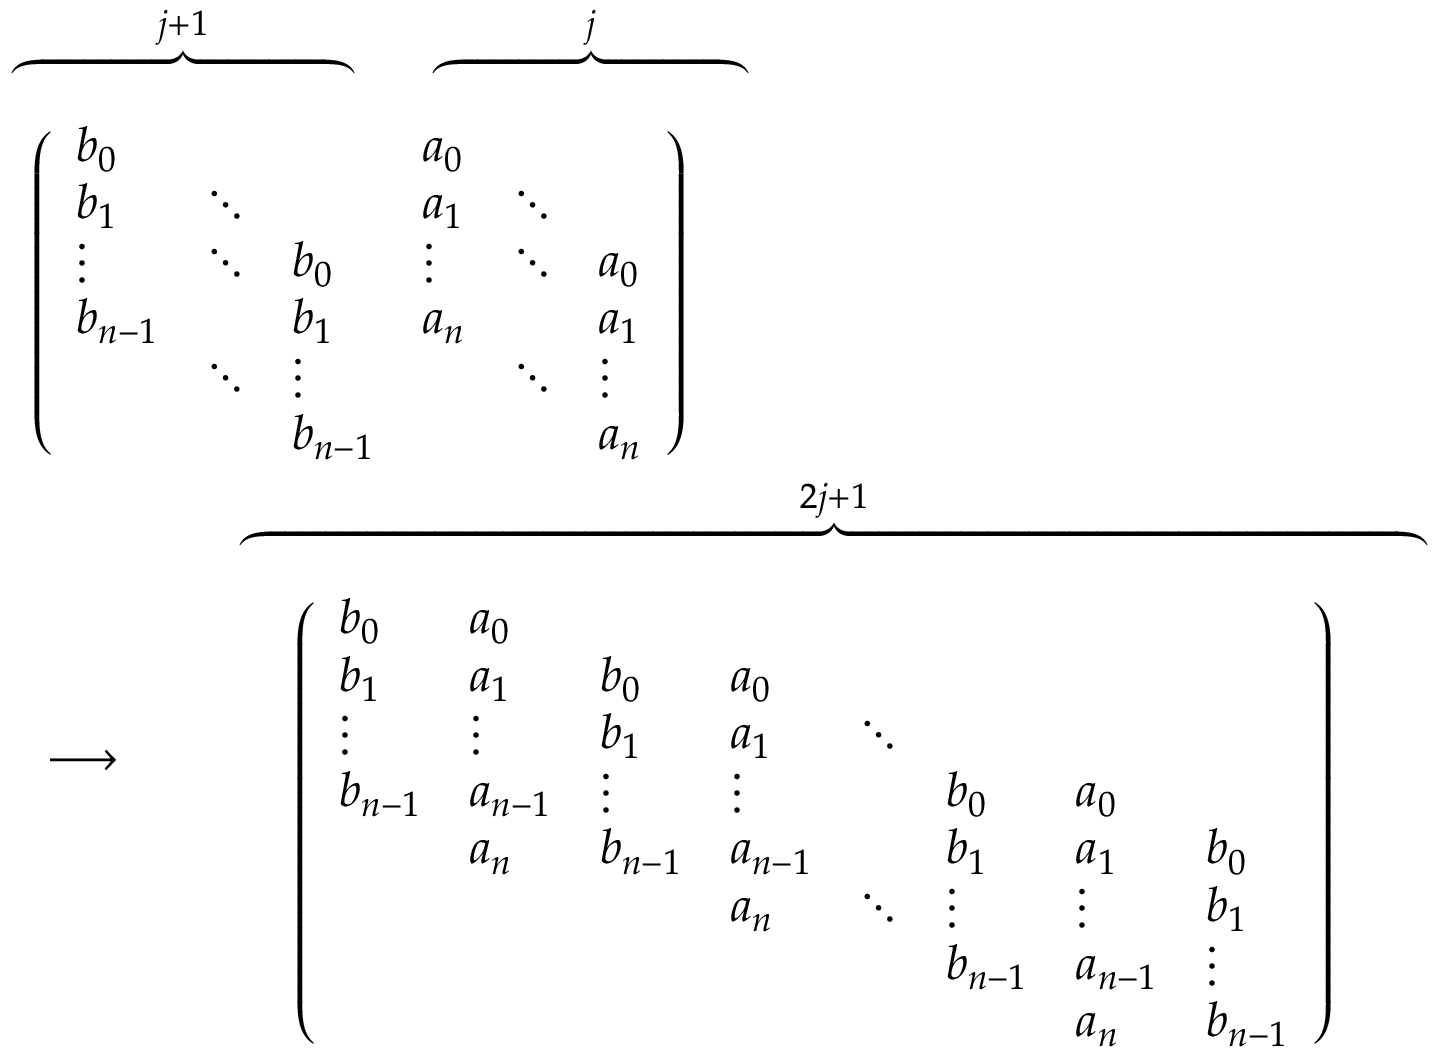
\begin{array} { r l r } { \lefteqn { \begin{array} { c } { \; \; \; \overbrace { \mathrm { \ \ \ \ \ \ \ \ \ \ \ \ \ \ \ \ \ \ \ \ \ } } ^ { j + 1 } \; \; \; \; \; \; \overbrace { \mathrm { \ \ \ \ \ \ \ \ \ \ \ \ \ \ \ \ \ \ \ } } ^ { j } } \\ { \left( \begin{array} { l l l l l l } { b _ { 0 } } & & & { a _ { 0 } } & & \\ { b _ { 1 } } & { \ddots } & & { a _ { 1 } } & { \ddots } & \\ { \vdots } & { \ddots } & { b _ { 0 } } & { \vdots } & { \ddots } & { a _ { 0 } } \\ { b _ { n - 1 } } & & { b _ { 1 } } & { a _ { n } } & & { a _ { 1 } } \\ & { \ddots } & { \vdots } & & { \ddots } & { \vdots } \\ & & { b _ { n - 1 } } & & & { a _ { n } } \end{array} \right) } \end{array} } } \\ & { } & { \longrightarrow \; \; \; \; \begin{array} { c } { \; \; \; \overbrace { \mathrm { \ \ \ \ \ \ \ \ \ \ \ \ \ \ \ \ \ \ \ \ \ \ \ \ \ \ \ \ \ \ \ \ \ \ \ \ \ \ \ \ \ \ \ \ \ \ \ \ \ \ \ \ \ \ \ \ \ \ \ \ \ \ \ \ \ \ \ \ \ \ \ \ \ } } ^ { 2 j + 1 } } \\ { \left( \begin{array} { l l l l l l l l } { b _ { 0 } } & { a _ { 0 } } & & & & & & \\ { b _ { 1 } } & { a _ { 1 } } & { b _ { 0 } } & { a _ { 0 } } & & & & \\ { \vdots } & { \vdots } & { b _ { 1 } } & { a _ { 1 } } & { \ddots } & & & \\ { b _ { n - 1 } } & { a _ { n - 1 } } & { \vdots } & { \vdots } & & { b _ { 0 } } & { a _ { 0 } } & \\ & { a _ { n } } & { b _ { n - 1 } } & { a _ { n - 1 } } & & { b _ { 1 } } & { a _ { 1 } } & { b _ { 0 } } \\ & & & { a _ { n } } & { \ddots } & { \vdots } & { \vdots } & { b _ { 1 } } \\ & & & & & { b _ { n - 1 } } & { a _ { n - 1 } } & { \vdots } \\ & & & & & & { a _ { n } } & { b _ { n - 1 } } \end{array} \right) } \end{array} } \end{array}